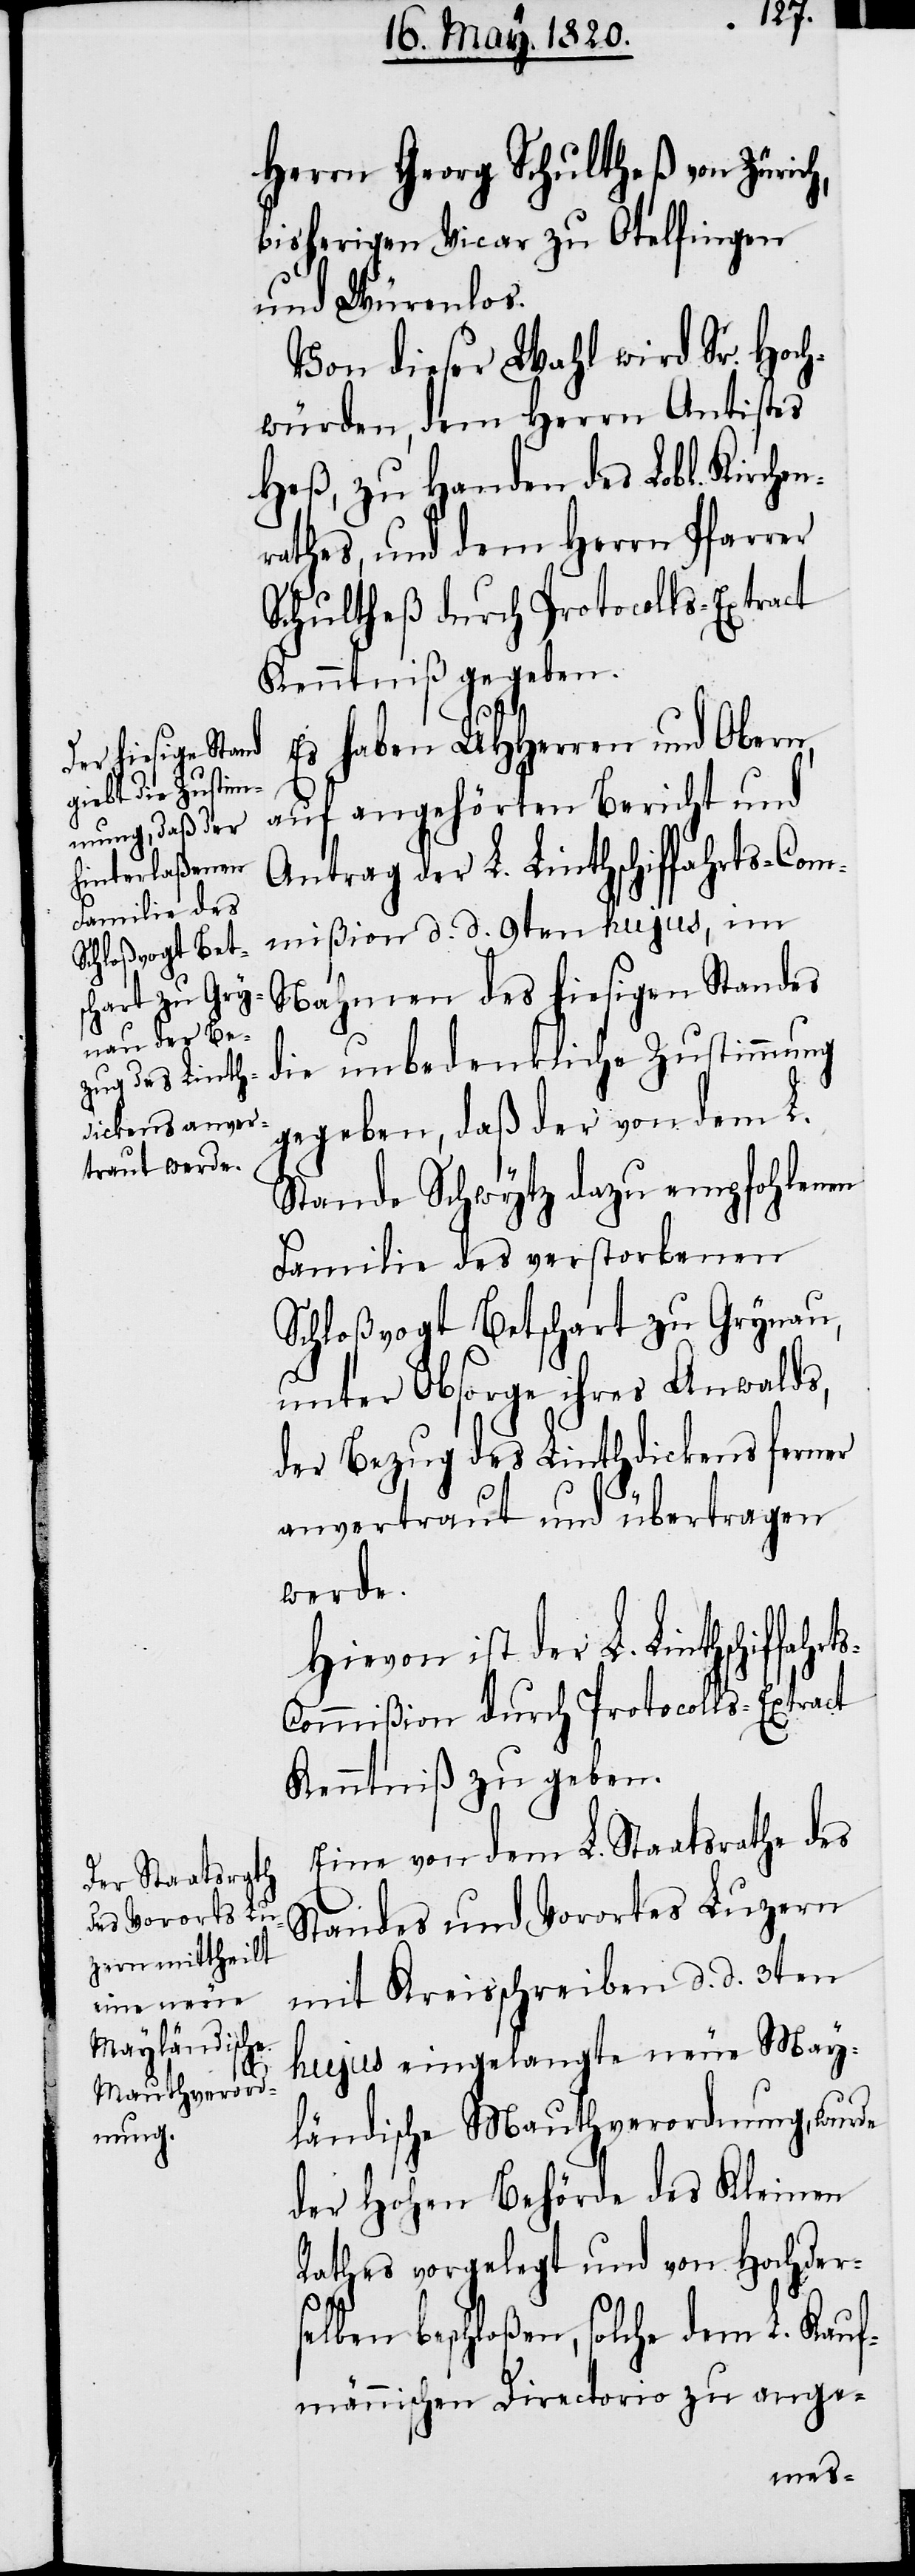
Herrn Georg Schultheß von Zürich,
bisherigen Vicar zu Otelfingen
und Würenlos.
Von dieser Wahl wird Sr. Hoch¬
würden, dem Herrn Antistes
Heß, zu Handen des Lobl. Kirche¬
nrathes, und dem Herrn Pfarrer
Schultheß durch Protocolls-Extract
Kenntniβ gegeben.
hrts-C¬
Es haben UHHerren und Obern,
auf angehörten Bericht und
Antrag der L. Linthschiffahrts-Com¬
mißion d. d. 9ten hujus, im
Nahmen des hiesigen Standes
die unbedenkliche Zustimmung
gegeben, daß der von dem L.
Stande Schwytz dazu empfohlenen
Familie des verstorbenen
Schloßvogt Betschart zu Grynau,
unter Obsorge ihres Anwalds,
der Bezug des Linthdickens ferner
anvertraut und übertragen
werde.
Hiervon ist der L. Linthschiffa¬
ommißion durch Protocolls-Extract
Kenntniβ zu geben.
Eine von dem L. Staatsrathe des
Standes und Vorortes Luzern
mit Kreisschreiben d. d. 3ten
hujus eingelangte neue May¬
ländische Mauthverordnung, wurde
der Hohen Behörde des Kleinen
Rathes vorgelegt und von Hochder¬
selben beschloßen, solche dem L. Kauf¬
männischen Directorio zu ange-